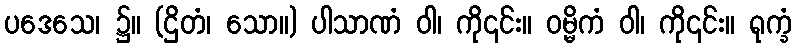
ပဒေသေ၊ ၌။ (ဌိတံ၊ သော။) ပါသာဏံ ဝါ၊ ကို၎င်း။ ဝမ္မိကံ ဝါ၊ ကို၎င်း။ ရုက္ခံ